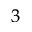
^ { 3 }